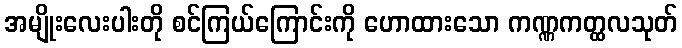
အမျိုးလေးပါးတို စင်ကြယ်ကြောင်းကို ဟောထားသော ကဏ္ဏကတ္ထလသုတ်